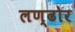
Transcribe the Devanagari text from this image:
लण्ढोर